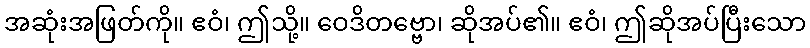
အဆုံးအဖြတ်ကို။ ဧဝံ၊ ဤသို့။ ဝေဒိတဗ္ဗော၊ ဆိုအပ်၏။ ဧဝံ၊ ဤဆိုအပ်ပြီးသော